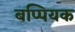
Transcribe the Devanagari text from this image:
बप्पियक